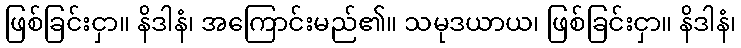
ဖြစ်ခြင်းငှာ။ နိဒါနံ၊ အကြောင်းမည်၏။ သမုဒယာယ၊ ဖြစ်ခြင်းငှာ။ နိဒါနံ၊